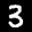
Label: 3